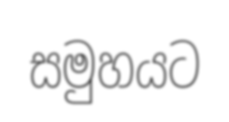
සමුහයට